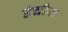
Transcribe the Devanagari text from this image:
उंचीस